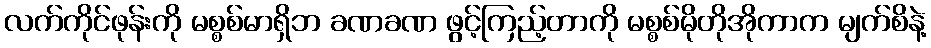
လက်ကိုင်ဖုန်းကို မစ္စစ်မာရှိဘ ခဏခဏ ဖွင့်ကြည့်တာကို မစ္စစ်မိုတိုအိုကာက မျက်စိနဲ့